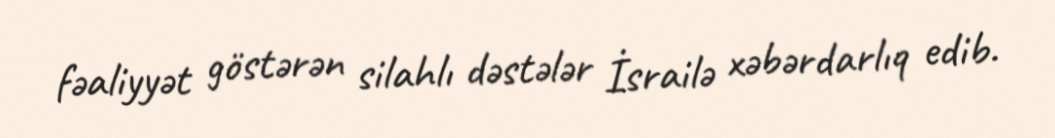
fəaliyyət göstərən silahlı dəstələr İsrailə xəbərdarlıq edib.